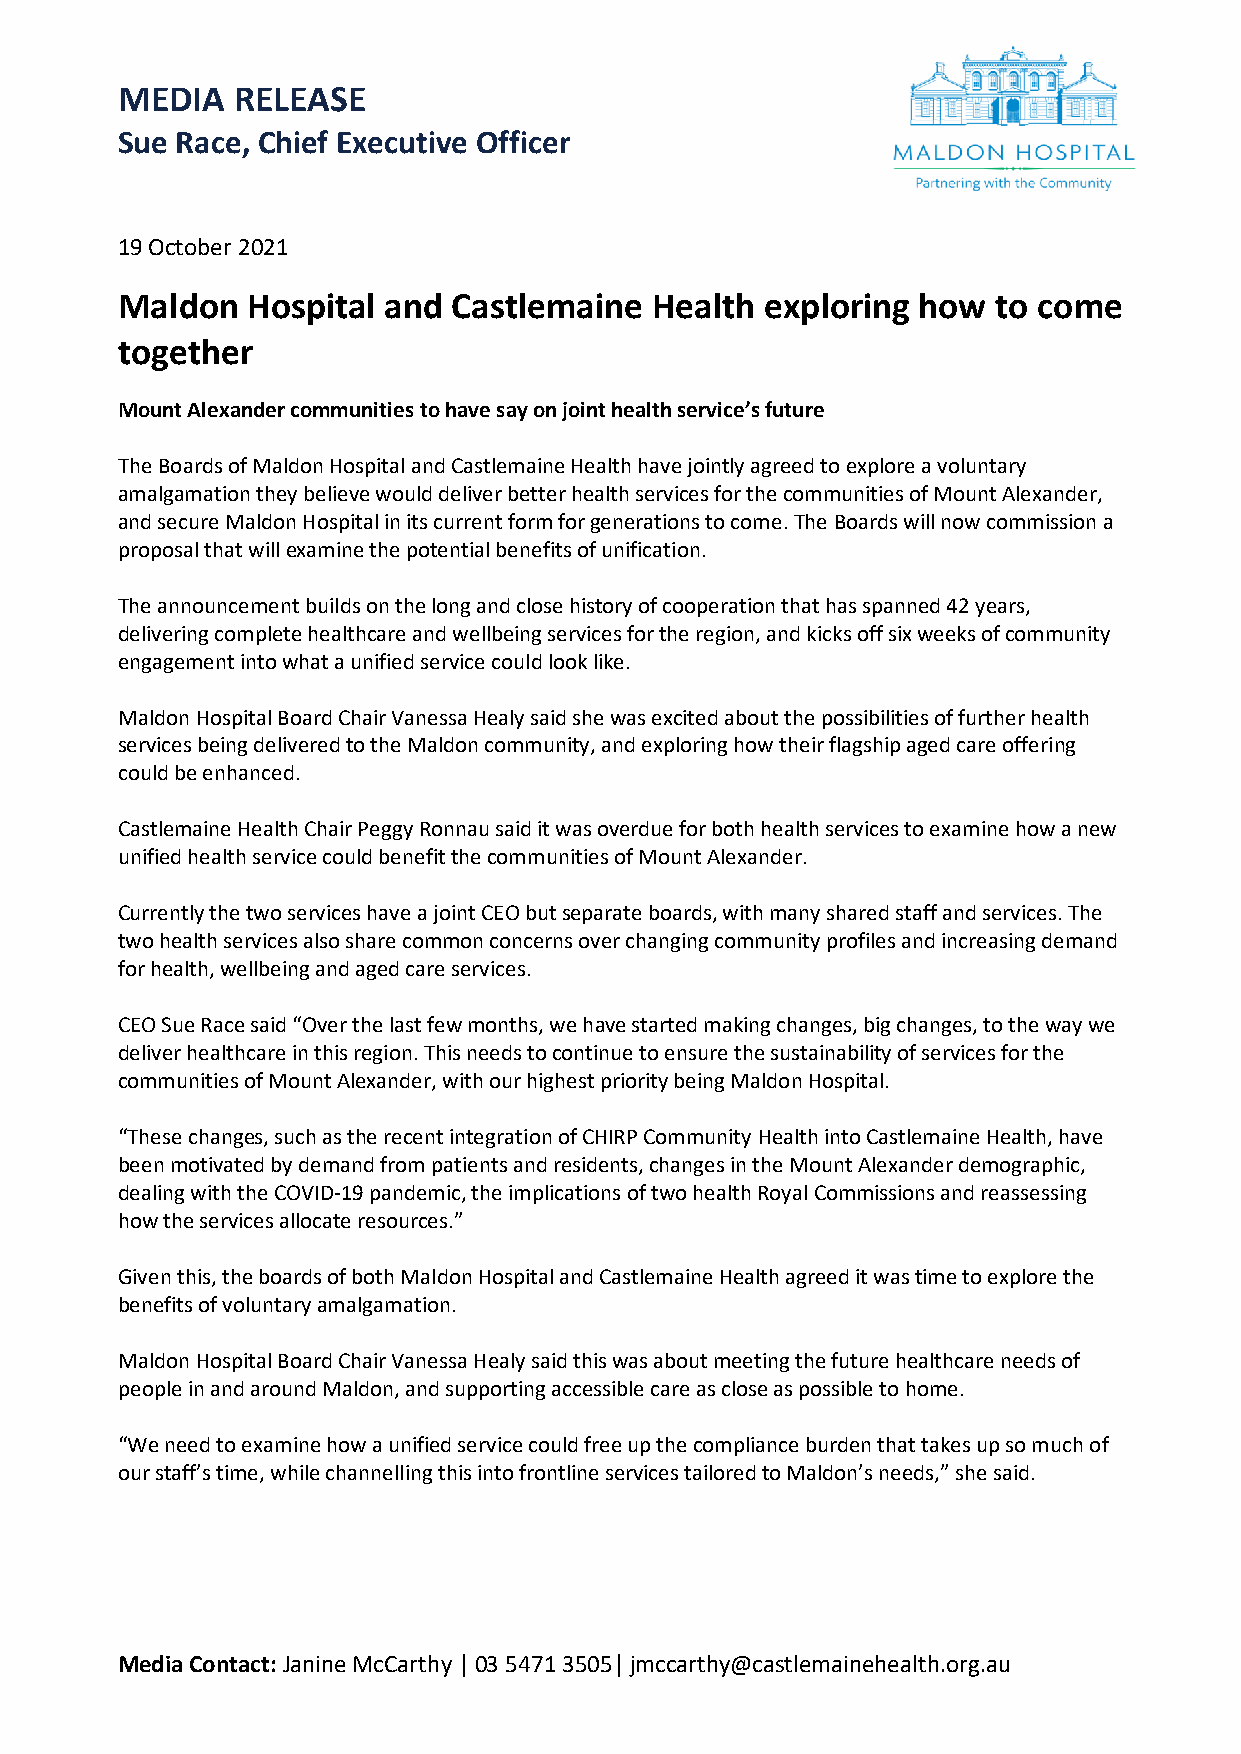
MEDIA  RELEASE
 Sue Race, Chief Executive Officer
 19 October 2021
 Maldon  Hospital and  Castlemaine  Health  exploring how  to come
 together
 Mount Alexander communities to have say on joint health service’s future
 The Boards of Maldon Hospital and Castlemaine Health have jointly agreed to explore a voluntary
 amalgamation they believe would deliver better health services for the communities of Mount Alexander,
 and secure Maldon Hospital in its current form for generations to come. The Boards will now commission a
 proposal that will examine the potential benefits of unification.
 The announcement builds on the long and close history of cooperation that has spanned 42 years,
 delivering complete healthcare and wellbeing services for the region, and kicks off six weeks of community
 engagement into what a unified service could look like.
 Maldon Hospital Board Chair Vanessa Healy said she was excited about the possibilities of further health
 services being delivered to the Maldon community, and exploring how their flagship aged care offering
 could be enhanced.
 Castlemaine Health Chair Peggy Ronnau said it was overdue for both health services to examine how a new
 unified health service could benefit the communities of Mount Alexander.
 Currently the two services have a joint CEO but separate boards, with many shared staff and services. The
 two health services also share common concerns over changing community profiles and increasing demand
 for health, wellbeing and aged care services.
 CEO Sue Race said “Over the last few months, we have started making changes, big changes, to the way we
 deliver healthcare in this region. This needs to continue to ensure the sustainability of services for the
 communities of Mount Alexander, with our highest priority being Maldon Hospital.
 “These changes, such as the recent integration of CHIRP Community Health into Castlemaine Health, have
 been motivated by demand from patients and residents, changes in the Mount Alexander demographic,
 dealing with the COVID-19 pandemic, the implications of two health Royal Commissions and reassessing
 how the services allocate resources.”
 Given this, the boards of both Maldon Hospital and Castlemaine Health agreed it was time to explore the
 benefits of voluntary amalgamation.
 Maldon Hospital Board Chair Vanessa Healy said this was about meeting the future healthcare needs of
 people in and around Maldon, and supporting accessible care as close as possible to home.
 “We need to examine how a unified service could free up the compliance burden that takes up so much of
 our staff’s time, while channelling this into frontline services tailored to Maldon’s needs,” she said.
 Media Contact: Janine McCarthy | 03 5471 3505| jmccarthy@castlemainehealth.org.au